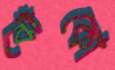
ঝেঁকো